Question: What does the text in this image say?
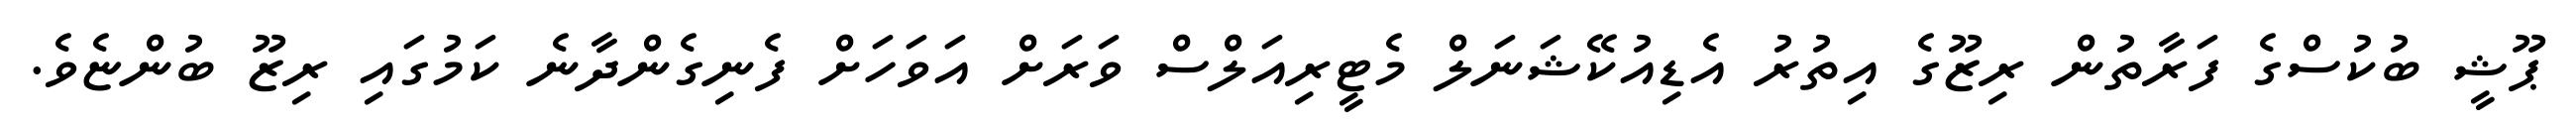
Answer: ޕޫޝީ ބުކުސްގެ ފަރާތުން ރިޒޫގެ އިތުރު އެޑިއުކޭޝަނަލް މެޓީރިއަލްސް ވަރަށް އަވަހަށް ފެނިގެންދާނެ ކަމުގައި ރިޒޫ ބުންޏެވެ.